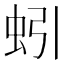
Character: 蚓